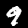
Label: 9